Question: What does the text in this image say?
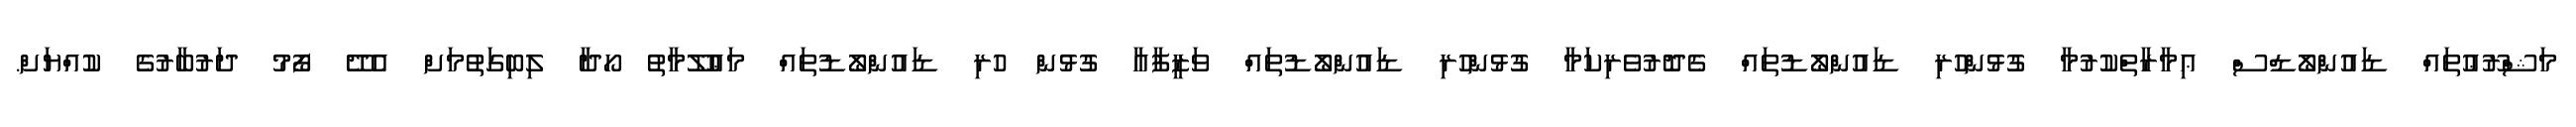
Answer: މަޝްރޫޢުތައް ޑައުންލޯޑްސް ޢިމާރާތްކުރުމާ ގުޅުންހުރި ޑައުންލޯޑުތައް ގެދޮރުވެރިކަމާ ގުޅުންހުރި ޑައުންލޯޑުތައް ވަޒީފާއާ ގުޅުން ހުރި ޑައުންލޯޑުތައް މަޢުލޫމާތު ހޯދާ ލިބިގަތުމަށް އެދޭ ފޯމު ދަރުބާރުގެ ކުއްޔަށް.